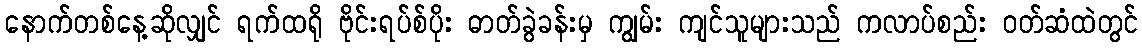
နောက်တစ်နေ့ဆိုလျှင် ရက်ထရို ဗိုင်းရပ်စ်ပိုး ဓာတ်ခွဲခန်းမှ ကျွမ်း ကျင်သူများသည် ကလာပ်စည်း ဝတ်ဆံထဲတွင်